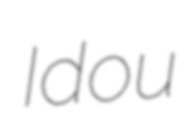
Idou